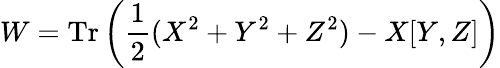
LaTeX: W=\mathrm{Tr}\left(\frac{1}{2}(X^{2}+Y^{2}+Z^{2})-X[Y,Z]\right)